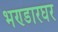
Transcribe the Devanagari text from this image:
भण्डारघर